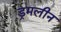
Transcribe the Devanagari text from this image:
ड्रमलीन